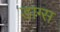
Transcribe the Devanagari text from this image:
डाग्स